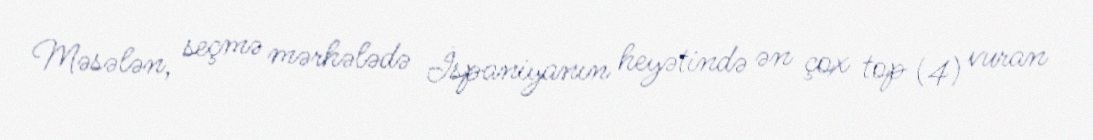
Məsələn, seçmə mərhələdə İspaniyanın heyətində ən çox top (4) vuran